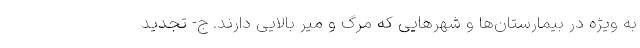
به ویژه در بیمارستان‌ها و شهرهایی که مرگ و میر بالایی دارند. ج- تجدید